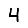
Digit: 4